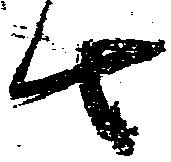
由